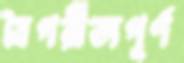
বৈপরীত্যপূর্ণ